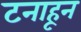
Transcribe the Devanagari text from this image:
टनाहून